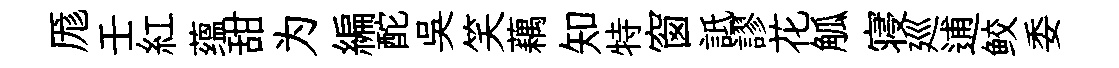
厖壬紅蕴甜为編酡吳笑藕知特窗詆謬花觚寝廵逋鲛委